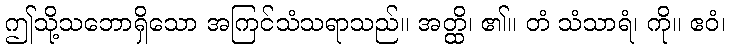
ဤသို့သဘောရှိသော အကြင်သံသရာသည်။ အတ္ထိ၊ ၏။ တံ သံသာရံ၊ ကို။ ဧဝံ၊